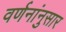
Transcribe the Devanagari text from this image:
वर्णनांनुसार